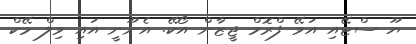
ޔޫ ސްޓޭއި އަވޭ ފްރޮމް ޖީޒާން އޯކޭ. އެނޫނީ އައި ވިލް މޭކް